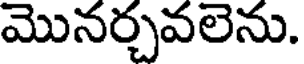
మొనర్చవలెను.